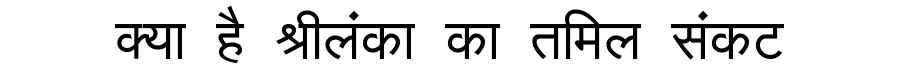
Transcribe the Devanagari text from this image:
क्या है श्रीलंका का तमिल संकट